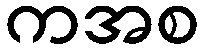
ကအစ